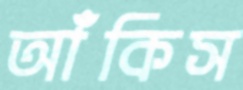
আঁকিস